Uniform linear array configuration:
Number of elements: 48
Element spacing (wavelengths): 0.75
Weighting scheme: binomial
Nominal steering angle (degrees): -45
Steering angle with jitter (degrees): -43.916
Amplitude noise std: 0.05
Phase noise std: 0.05

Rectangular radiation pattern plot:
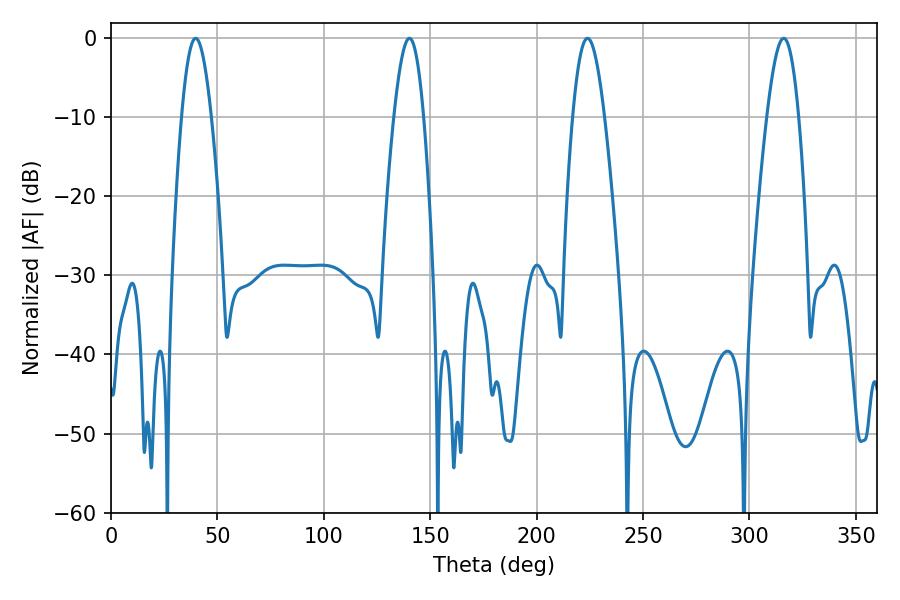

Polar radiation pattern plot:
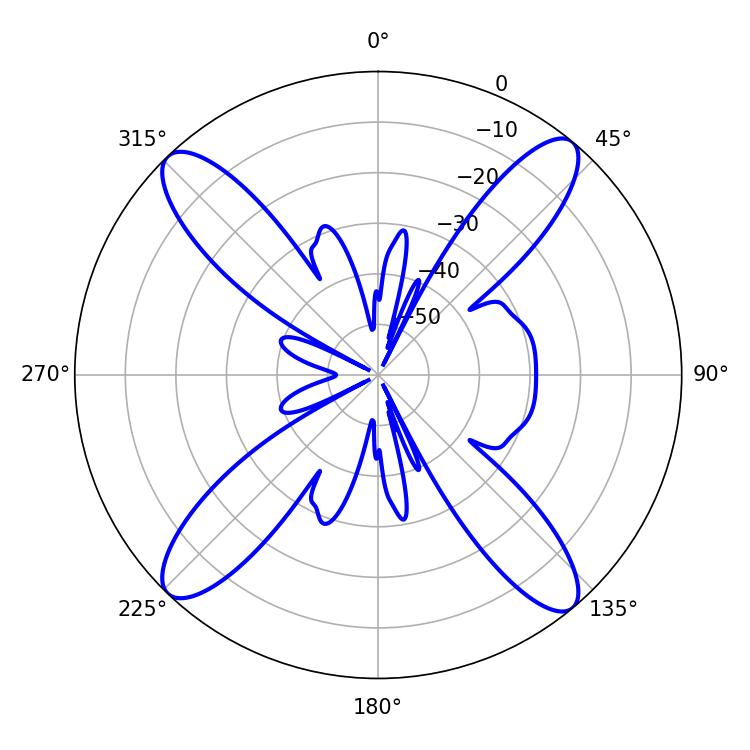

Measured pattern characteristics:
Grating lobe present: TRUE
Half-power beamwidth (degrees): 7.56
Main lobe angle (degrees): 39.78